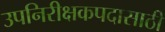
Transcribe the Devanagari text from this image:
उपनिरीक्षकपदासाठी